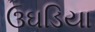
ઉઘડિયા